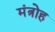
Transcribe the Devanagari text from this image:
मंत्रोह